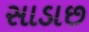
સાડાછ